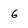
Character: 6